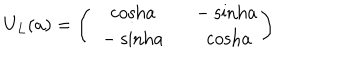
LaTeX: U _ { L } ( a ) = \left( \begin{array} { c c } { { \ \ \mathrm { c o s h } a } } & { { \ \ - \mathrm { s i n h } a } } \\ { { \ - \mathrm { s i n h } a } } & { { \mathrm { c o s h } a } } \\ \end{array} \right)